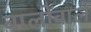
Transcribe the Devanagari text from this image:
बालोंवाले